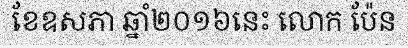
ខែឧសភា ឆ្នាំ២០១៦នេះ លោក ប៉ែន